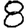
Digit: 8